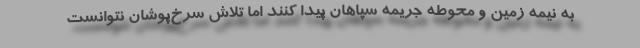
به نیمه زمین و محوطه جریمه سپاهان پیدا کنند اما تلاش سرخ‌پوشان نتوانست